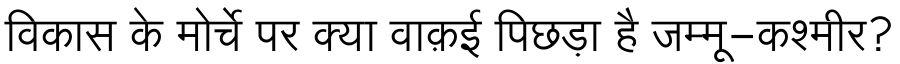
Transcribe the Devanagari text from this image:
विकास के मोर्चे पर क्या वाक़ई पिछड़ा है जम्मू-कश्मीर?